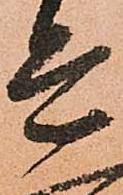
是